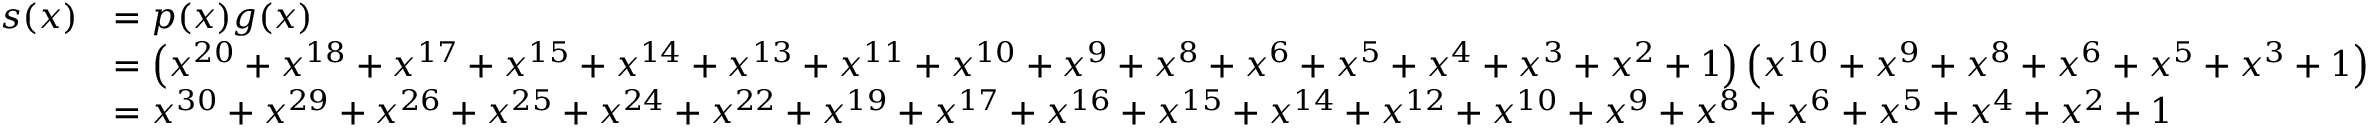
{ \begin{array} { r l } { s ( x ) } & { = p ( x ) g ( x ) } \\ & { = \left( x ^ { 2 0 } + x ^ { 1 8 } + x ^ { 1 7 } + x ^ { 1 5 } + x ^ { 1 4 } + x ^ { 1 3 } + x ^ { 1 1 } + x ^ { 1 0 } + x ^ { 9 } + x ^ { 8 } + x ^ { 6 } + x ^ { 5 } + x ^ { 4 } + x ^ { 3 } + x ^ { 2 } + 1 \right) \left( x ^ { 1 0 } + x ^ { 9 } + x ^ { 8 } + x ^ { 6 } + x ^ { 5 } + x ^ { 3 } + 1 \right) } \\ & { = x ^ { 3 0 } + x ^ { 2 9 } + x ^ { 2 6 } + x ^ { 2 5 } + x ^ { 2 4 } + x ^ { 2 2 } + x ^ { 1 9 } + x ^ { 1 7 } + x ^ { 1 6 } + x ^ { 1 5 } + x ^ { 1 4 } + x ^ { 1 2 } + x ^ { 1 0 } + x ^ { 9 } + x ^ { 8 } + x ^ { 6 } + x ^ { 5 } + x ^ { 4 } + x ^ { 2 } + 1 } \end{array} }